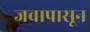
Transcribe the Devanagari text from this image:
जवापासून